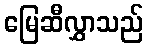
မြေဆီလွှာသည်